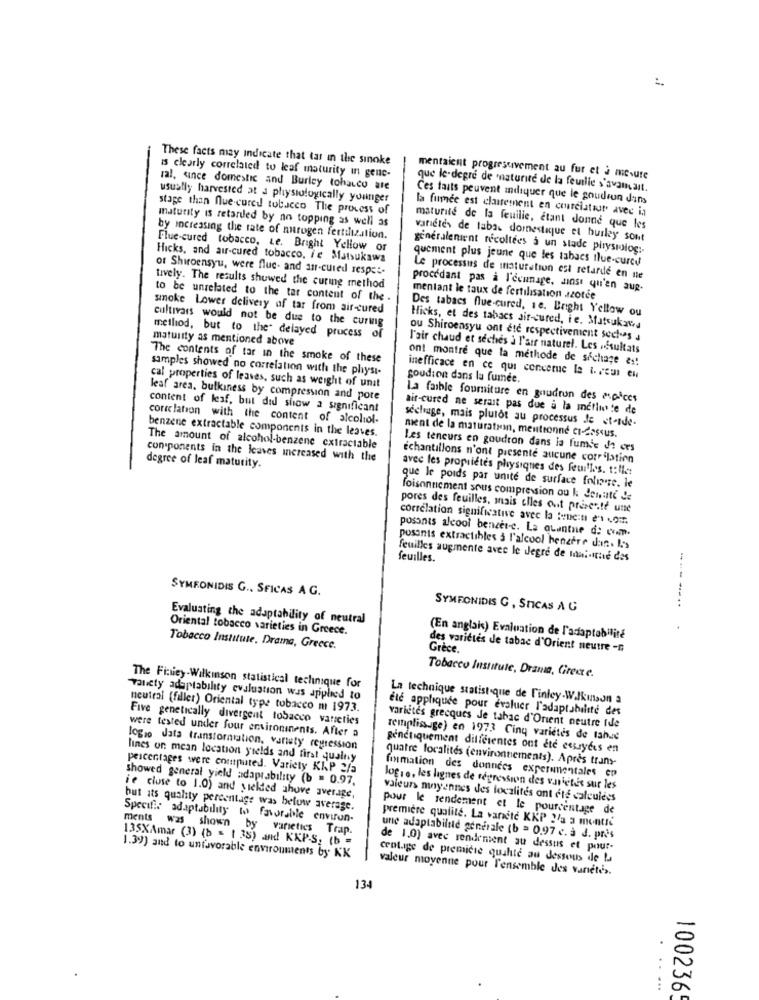
These facts may indicate that tar in the sinoke
is clearly correlated to leaf maturity in gene-
mentaient progressivement au fur et à mesure
ral, since domestic and Burley tobacco are
que le-degre de maturité de la feuille s'avancait.
usually harvested at a physiologically younger
Ces faits peuvent indiquer que le goudron dans
stage than nue-cured tobacco The process of
la fumée est clairement en courciataur avec in
maturity is retarded by no topping as well as
maturité de la feuille, étant donné que les
by increasing the rate of narogen fertilization.
varietes de labas domestique et huiley sont
Flue-cured tobacco, Le. Bright Yellow or
généralement récoltées a un stade physiolog :.
Hicks, and air-cured tobacco, ie Matsukawa
quement plus jeune que les tabacs Ilue-cured
of Shiroensyu, were fluc. and an-cured respet-
Le processus de maturation est retarde en ne
tively. The results showed the curing method
procédant pas à l'ecunage, ainsi qu'en aug.
to be unrelated to the tar content of the .
mentant le taux de fertilisation azotee
smoke Lower delivery of tar from air-cured
Des tabacs flue-cured, 1e. Bright Yellow ou
cultivars would not be due to the curwig
Hicks, et des tabacs air-cured, ie. Matsukawa
maturity as mentioned above
method, but to the delayed process
of
ou Shiroeasyu ont été respectivement sectes a
l'air chaud et seches à l'air naturel. Les .Esultats
The contents of tar in the smoke of these
ont montre que la methode de séchage as!
samples showed no correlation with the physi-
goudion dans la fumée.
inefficace en ce qui concerne le t. . "cus en
cal properties of leaves, such as weight of unit
leaf area. bulkiness by compression and pote
La faible fourniture en goudron des maices
content of leaf, but did show a significant
air-cured ne serait pas due à la metlurte de
correlation with the content of alcoliol-
séchage, mais plutôt au processus de et-tde-
benzene extractable components in the leaves.
ment de la maturation, mentionné Ci-dessus.
The amount of alcohol-benzene extractable
Les teneurs en goudron dans la fumie . ces
con ponents in the leaves increased with the
Échantillons n'ont presente aucune corrilation
degree of leaf maturity.
avec les propriétés physiques des feuilles. t:lle:
que le poids par unité de surface foliante. le
foisonnement sous compression ou k donati de
pores des feuilles, mais elles out presente une
correlation significative avec la tene:ti e's com.
posants alcool benzer-c. La quantne de cvm.
posants extractibles & l'alcool henefre dan. I.s
feuilles augmente avec le Jegre de mai-tie des
feuilles.
SYMFONIDIS G ., SFICAS A G.
----...
SYMFONIDIS G , STICAS A G
Evaluating the adaptability of neutral
Oriental tobacco varieties in Greece.
(En anglais) Evaluation de l'adaptabilité
Tobacco Institute, Drama, Greece.
des variétés de tabac d'Orient neutre -
Grèce.
Tobacco Institute, Drama, Greece.
The Fictiey.Wilkinson statistical technique for
-Talety adap tability evaluation was applied to
La technique statistique de Finley.Wilkinson a
neutral (filler) Oriental type tobacco m 1973.
ete appliquée pour evaluer l'adaptabilité des
Five genetically divergent tobacco varieties
were tested under four environinents. After a
varietes grecques Je tabac d'Orient neutre ide
remplissage) en 1973 Cinq variétés de tahae
logio data transformation, variety regression
génétiquement dilicientes ont été essuyées en
lines on mean location yields and first qualny
quatre localités (environnements). Après trans-
percentages were enutputed. Variety KKP 2/a
showed general yield adaptability (b = 0.97.
formation des données experimentales ep
logie, les lignes de régression des vnietés sur les
ie cluse to 1.0) and yielded shove average,
valeurs moyennes des localités ont été calculées
but its quality percentage was below average.
pour le rendement et le pourcentage de
Specifi: adaptability to favorable environ-
première qualité. La vannete KKP 2/3 3 montre
ments was shown by varieties Trap.
135XAmar (3) (> = 135) and KXP-S2 (b =
une adaptabilité generale (b = 0.97 c. à J. pris
de 1.0) avec rendement au dessus et pour-
1.39) and to unfavorable environments by KK
ceot.ige de premicie quuhle au dessous de la
valeur moyenne pour l'ensemble des vanetes.
134
......
100236